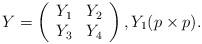
LaTeX: \begin{align*}Y =\left(\begin{array}{cc} Y_1 & Y_2 \\ Y_3 & Y_4 \\\end{array}\right), Y_1(p \times p).\end{align*}